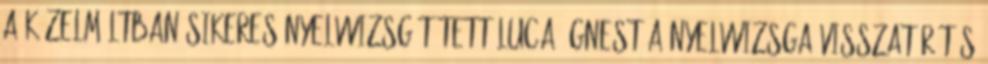
a közel­múltban sikeres nyelvvizsgát tett Luca Ágnest a nyelvvizsga-visszatérítés